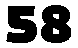
58